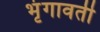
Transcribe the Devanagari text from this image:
भृंगावर्ती